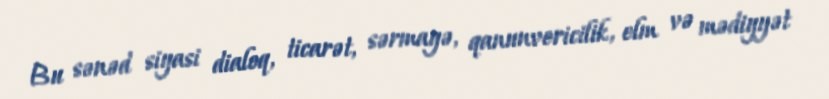
Bu sənəd siyasi dialoq, ticarət, sərmayə, qanunvericilik, elm və mədiyyət